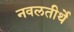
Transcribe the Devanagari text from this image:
नवलतीर्थे